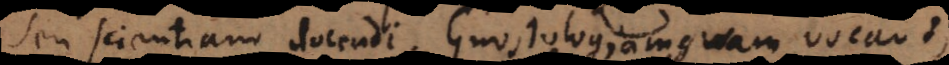
seu scientiam docendi; Gnostologiam quam vocant,